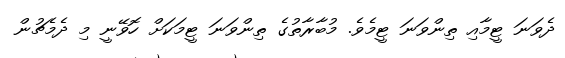
ދެވަނަ ޓީމާއި ތިންވަނަ ޓީމެވެ. މުބާރާތުގެ ތިންވަނަ ޓީމަކަށް ހޮވޭނީ މި ދެމެޗުން